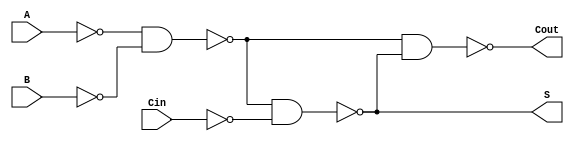
module negative_full_adder (
    input wire A,       // First significant bit
    input wire B,       // Second significant bit
    input wire Cin,     // Carry-in bit
    output wire S,      // Sum output
    output wire Cout    // Carry-out output
);
    // Intermediate signals
    wire A_not;         // Inverted A
    wire B_not;         // Inverted B
    wire Cin_not;       // Inverted Cin
    wire A_xor_B;       // A XOR B
    wire A_and_B;       // A AND B
    wire AxorB_and_Cin; // (A XOR B) AND Cin

    // Invert the inputs for negative logic
    assign A_not = ~A;
    assign B_not = ~B;
    assign Cin_not = ~Cin;

    // Calculate A XOR B in negative logic
    assign A_xor_B = ~(A_not & B_not); // A XOR B

    // Calculate the sum S
    // S = A XOR B XOR Cin in negative logic
    assign S = ~(A_xor_B & Cin_not); // In negative logic

    // Calculate outputs for the carry
    assign A_and_B = ~(A_not & B_not);  // A AND B
    assign AxorB_and_Cin = ~(A_xor_B & Cin_not); // (A XOR B) AND Cin

    // Calculate the carry-out Cout in negative logic
    assign Cout = ~(A_and_B & AxorB_and_Cin); // Cout = (A AND B) OR (Cin AND (A XOR B))

endmodule